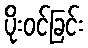
ပိုးဝင်ခြင်း